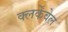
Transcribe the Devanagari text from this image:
क्लर्केंवेल